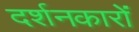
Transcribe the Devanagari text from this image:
दर्शनकारों